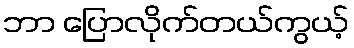
ဘာ ပြောလိုက်တယ်ကွယ့်